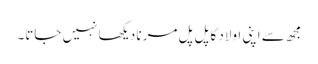
مجھ سے اپنی اولاد کا پل پل مرنا دیکھا نہیں جاتا۔